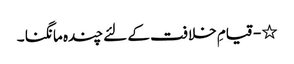
٭ - قیامِ خلافت کے لئے چندہ مانگنا ۔